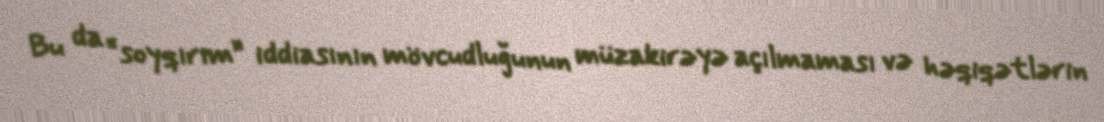
Bu da “soyqırım” iddiasının mövcudluğunun müzakirəyə açılmaması və həqiqətlərin